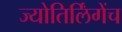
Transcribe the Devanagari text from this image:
ज्योतिर्लिंगेंच